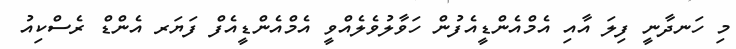
މި ހަނދާނީ ފިލަ އާއި އެމްއެންޑީއެފުން ހަވާލުވެލެއްވީ އެމްއެންޑީއެފް ފަޔަރ އެންޑް ރެސްކިއު